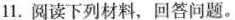
11。阅读下列材料，回答问题。